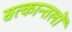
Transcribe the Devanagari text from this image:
सत्कान्तलों